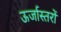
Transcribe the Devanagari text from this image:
ऊर्जास्तरों